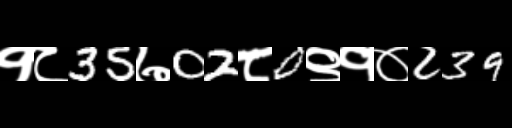
Text: १८35७02८0९१०239